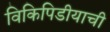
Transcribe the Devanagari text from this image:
विकिपिडीयाची